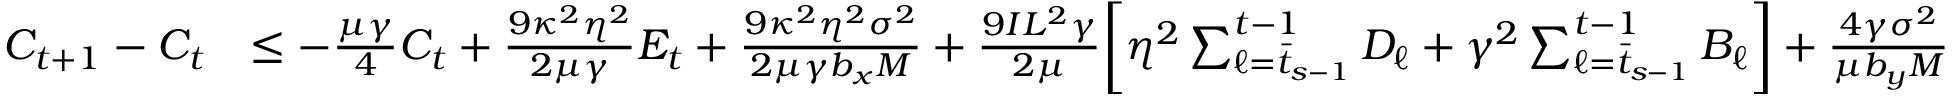
\begin{array} { r l } { C _ { t + 1 } - C _ { t } } & { \leq - \frac { \mu \gamma } { 4 } C _ { t } + \frac { 9 \kappa ^ { 2 } \eta ^ { 2 } } { 2 \mu \gamma } E _ { t } + \frac { 9 \kappa ^ { 2 } \eta ^ { 2 } \sigma ^ { 2 } } { 2 \mu \gamma b _ { x } M } + \frac { 9 I L ^ { 2 } \gamma } { 2 \mu } \bigg [ \eta ^ { 2 } \sum _ { \ell = \bar { t } _ { s - 1 } } ^ { t - 1 } D _ { \ell } + \gamma ^ { 2 } \sum _ { \ell = \bar { t } _ { s - 1 } } ^ { t - 1 } B _ { \ell } \bigg ] + \frac { 4 \gamma \sigma ^ { 2 } } { \mu b _ { y } M } } \end{array}